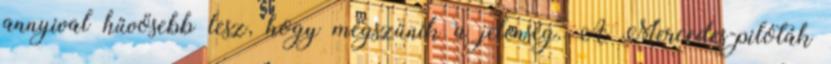
annyival hűvösebb lesz, hogy megszűnik a jelenség. A Mercedes-pilóták